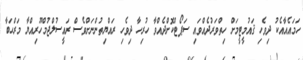
ހަމައެއާއެކު ދިވެހި ޤައުމީޓީމަށް ހިތްވަރުދެއްވައި ސަޕޯޓްކޮށްދެއްވާ ހުރިހާ ދިވެހި ރައްޔިތުންނަށްވެސް ރައީސުލްޖުމްހޫރިއްޔާ މަރްޙަބާ